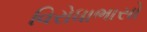
વિરોધાભાસો